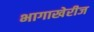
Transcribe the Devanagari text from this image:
भागाखेरीज